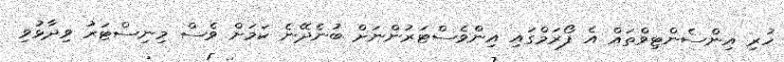
ހުރި އިންސެންޓިވްތައް އެ ފޯރަމްގައި އިންވެސްޓަރުންނަށް ބުނެދޭނެ ކަމަށް ވެސް މިނިސްޓަރު ވިދާޅުވި